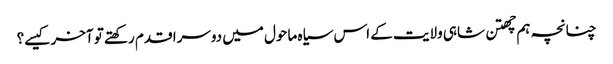
چنانچہ ہم چھتن شاہی ولایت کے اس سیاہ ماحول میں دوسرا قدم رکھتے تو آخر کیسے؟